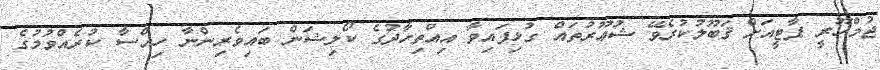
ޖުމްހޫރީ ޕާޓީއަށް ޤަބޫލުކުރެވޭ ޝުޢޫރުތައް ގުޅިފައިވާ އިއްތިހާދުގެ ކޯލިޝަން ބައިވެރިންނާ ހިއްސާ ކުރެއްވުމުގެ